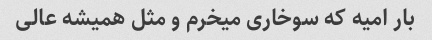
بار امیه که سوخاری میخرم و مثل همیشه عالی